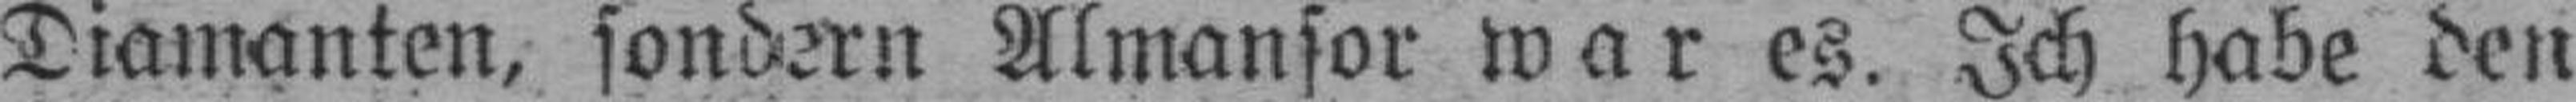
Diamanten, sondern Almansor war es. Ich habe den